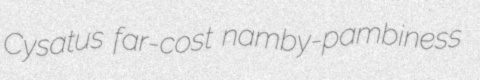
Cysatus far-cost namby-pambiness